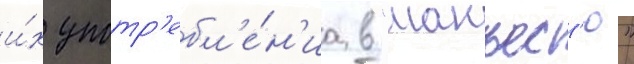
и́х употр'ебл'е́н'иа в "манъес'ю"